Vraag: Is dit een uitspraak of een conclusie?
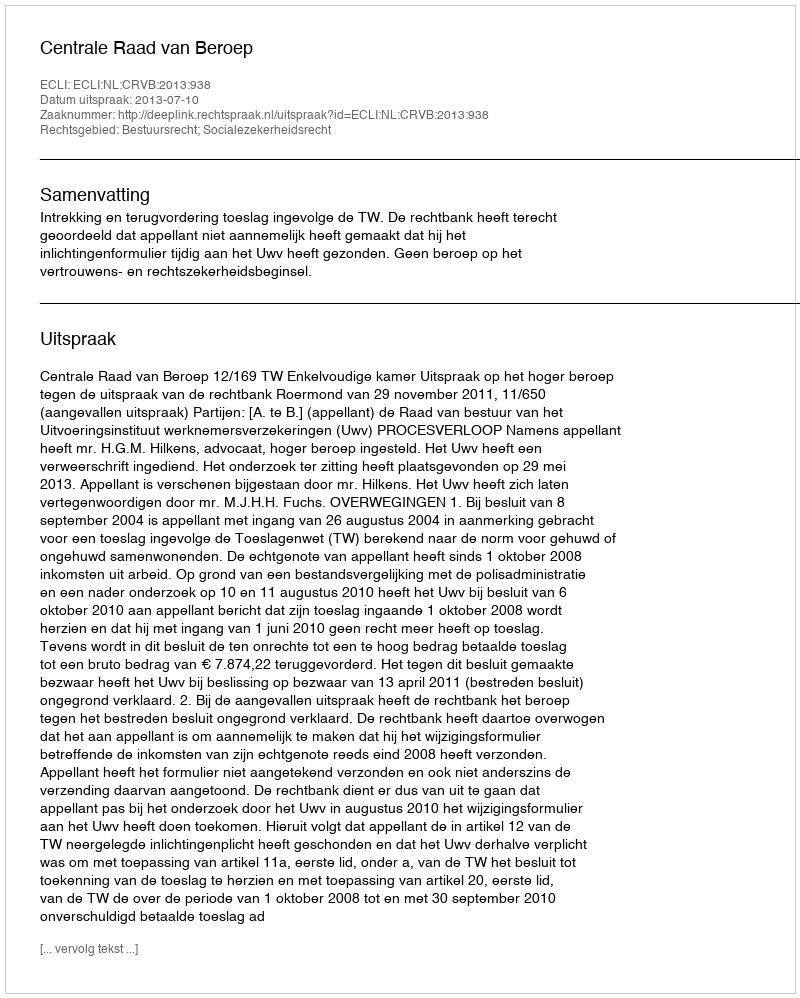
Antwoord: Uitspraak